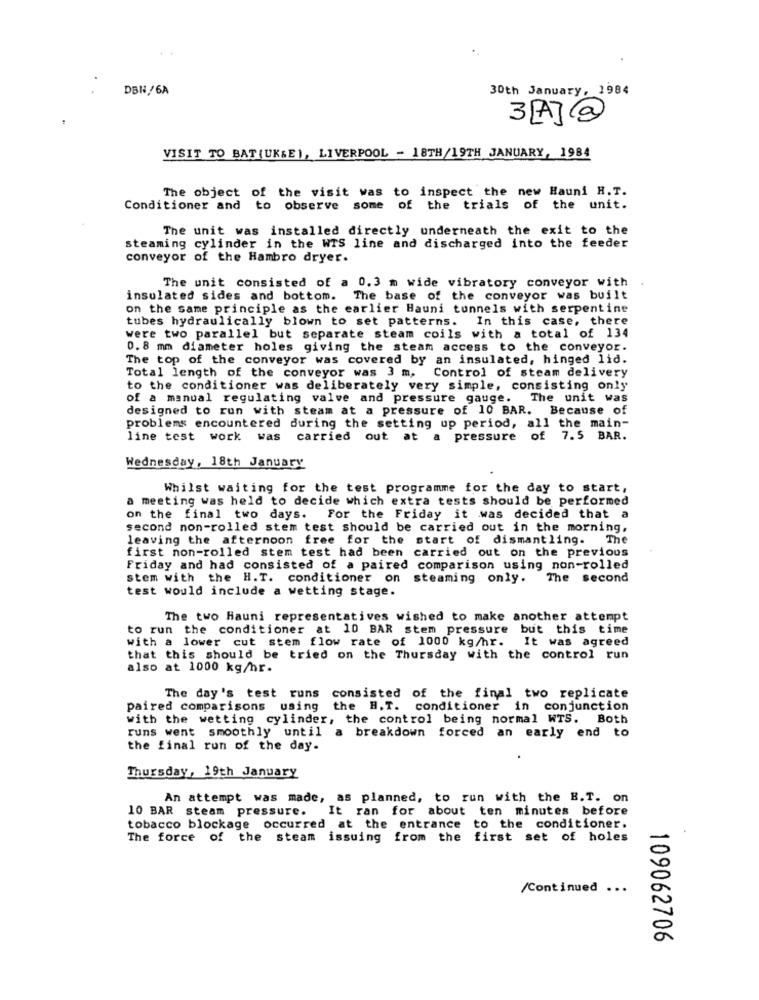
DBN/6A
30th January, 1984
3[A]@
VISIT TO BAT(UK&E), LIVERPOOL - 18TH/19TH JANUARY, 1984
The object of the visit was to inspect the new Hauni H.T.
Conditioner and
to observe some of the trials of the unit.
The unit was installed directly underneath the exit to the
steaming cylinder in the WTS line and discharged into the feeder
conveyor of the Hambro dryer.
The unit consisted of a 0.3 m wide vibratory conveyor with
insulated sides and bottom. The base of the conveyor was built
on the same principle as the earlier Hauni tunnels with serpentine
tubes hydraulically blown to set patterns. In this case, there
were two parallel but separate steam coils with a total of 134
0.8 mm diameter holes giving the steam access to the conveyor.
The top of the conveyor was covered by an insulated, hinged lid.
Total length of the conveyor was 3 m. Control of steam delivery
to the conditioner was deliberately very simple, consisting only
of a manual regulating valve and pressure gauge.
The unit was
designed to run with steam at a pressure of 10 BAR. Because of
problems encountered during the setting up period, all the main-
line test work was carried out at a pressure of 7.5 BAR.
Wednesday, 18th January
Whilst waiting for the test programme for the day to start,
a meeting was held to decide which extra tests should be performed
on the final two days. For the Friday it was decided that a
second non-rolled stem test should be carried out in the morning,
leaving the afternoon free for the start of dismantling.
The
first non-rolled stem test had been carried out on the previous
Friday and had consisted of a paired comparison using non-rolled
stem with the H.T. conditioner on
steaming only.
The second
test would include a wetting stage.
The two Hauni representatives wished to make another attempt
to run the conditioner at 10 BAR stem pressure but this time
with a lower cut stem flow rate of 1000 kg/hr. It was agreed
that this should be tried on the Thursday with the control run
also at 1000 kg/hr.
The day's test runs consisted of the final two replicate
paired comparisons using
the H.T. conditioner in conjunction
with the wetting cylinder, the control being normal WTS. Both
runs went smoothly until a breakdown forced an early end to
the final run of the day.
Thursday, 19th January
An attempt was made, as planned, to run with the B.T. on
10 BAR steam pressure. It ran for about ten minutes before
tobacco blockage occurred at the entrance to the conditioner.
The force of the steam issuing from the first set of holes
/Continued ...
109062706